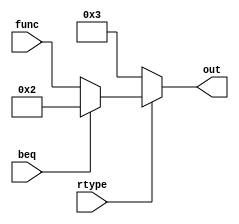
`timescale 1ns / 1ps
//////////////////////////////////////////////////////////////////////////////////
// Company: 
// Engineer: 
// 
// Design Name: 
// Module Name:    ALU_Control_Unit 
// Project Name: 
// Target Devices: 
// Tool versions: 
// Description: 
//
// Dependencies: 
//
// Revision: 
// Revision 0.01 - File Created
// Additional Comments: 
//
//////////////////////////////////////////////////////////////////////////////////
module ALU_Control_Unit(func, rtype, beq, out
    );
	 input [3:0] func;
	 input rtype;
	 input beq;
	 output reg [3:0] out;
	 
	 always @(*)
	 begin
	 if(rtype == 1)
	 begin
	 if(beq == 1)
	 out = 4'b0010;
	 else
	 out = func;
	 end
	 else
	 out = 4'b0011;
	 end

endmodule